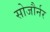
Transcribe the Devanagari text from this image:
सोजौर्नर